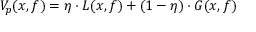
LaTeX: V _ { p } ( x , f ) = \eta \cdot L ( x , f ) + ( 1 - \eta ) \cdot G ( x , f )